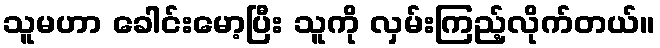
သူမဟာ ခေါင်းမော့ပြီး သူကို လှမ်းကြည့်လိုက်တယ်။